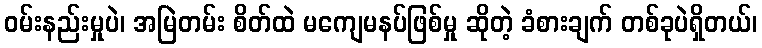
ဝမ်းနည်းမှုပဲ၊ အမြဲတမ်း စိတ်ထဲ မကျေမနပ်ဖြစ်မှု ဆိုတဲ့ ခံစားချက် တစ်ခုပဲရှိတယ်၊